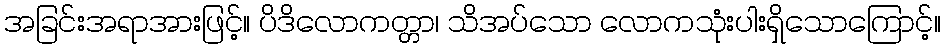
အခြင်းအရာအားဖြင့်။ ပိဒိလောကတ္တာ၊ သိအပ်သော လောကသုံးပါးရှိသောကြောင့်။